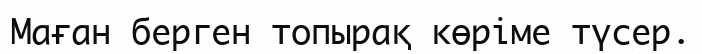
Маған берген топырақ көріме түсер.